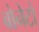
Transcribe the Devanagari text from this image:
बोनेटों